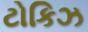
ટોકિઝ